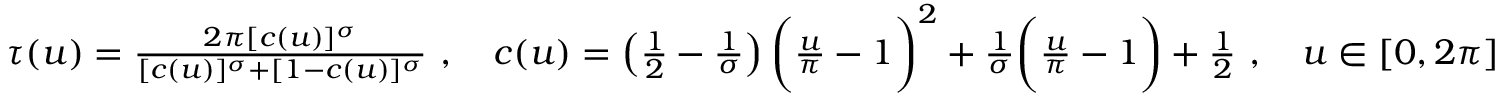
\begin{array} { r } { \tau ( u ) = \frac { 2 \pi [ c ( u ) ] ^ { \sigma } } { [ c ( u ) ] ^ { \sigma } + [ 1 - c ( u ) ] ^ { \sigma } } ~ , \quad c ( u ) = \left( \frac 1 2 - \frac 1 \sigma \right) \bigg ( \frac { u } { \pi } - 1 \bigg ) ^ { 2 } + \frac 1 \sigma \bigg ( \frac { u } { \pi } - 1 \bigg ) + \frac 1 2 ~ , \quad u \in [ 0 , 2 \pi ] } \end{array}